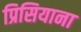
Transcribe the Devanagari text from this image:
प्रिसियाना